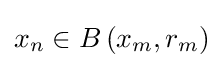
x_{n}\in B\left(x_{m},r_{m}\right)